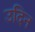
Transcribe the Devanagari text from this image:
उदिन